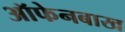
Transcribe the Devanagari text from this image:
ऑफेनबाख